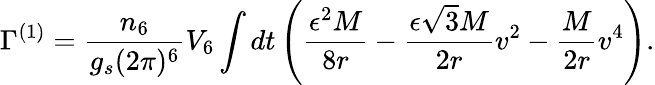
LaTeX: \Gamma^{(1)}=\frac{n_{6}}{g_{s}(2\pi)^{6}}V_{6}\int dt\left(\frac{\epsilon^{2}M}{8r}-\frac{\epsilon\sqrt{3}M}{2r}v^{2}-\frac{M}{2r}v^{4}\right).